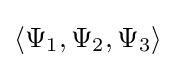
\langle \Psi _{1},\Psi _{2},\Psi _{3}\rangle